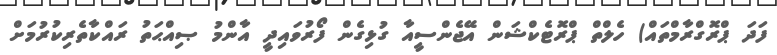
ފަދަ ޕްރޮގްރާމްތައް) ހެލްތް ޕްރޮޓެކްޝަން އޭޖެންސީއާ ގުޅިގެން ފޯރުވައިދީ އާންމު ޞިއްޙަތު ރައްކާތެރިކުރުމަށް